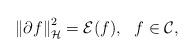
LaTeX: \begin{align*}\left\|\partial f\right\|_{\mathcal{H}}^2=\mathcal{E}(f),\ \ f\in\mathcal{C},\end{align*}